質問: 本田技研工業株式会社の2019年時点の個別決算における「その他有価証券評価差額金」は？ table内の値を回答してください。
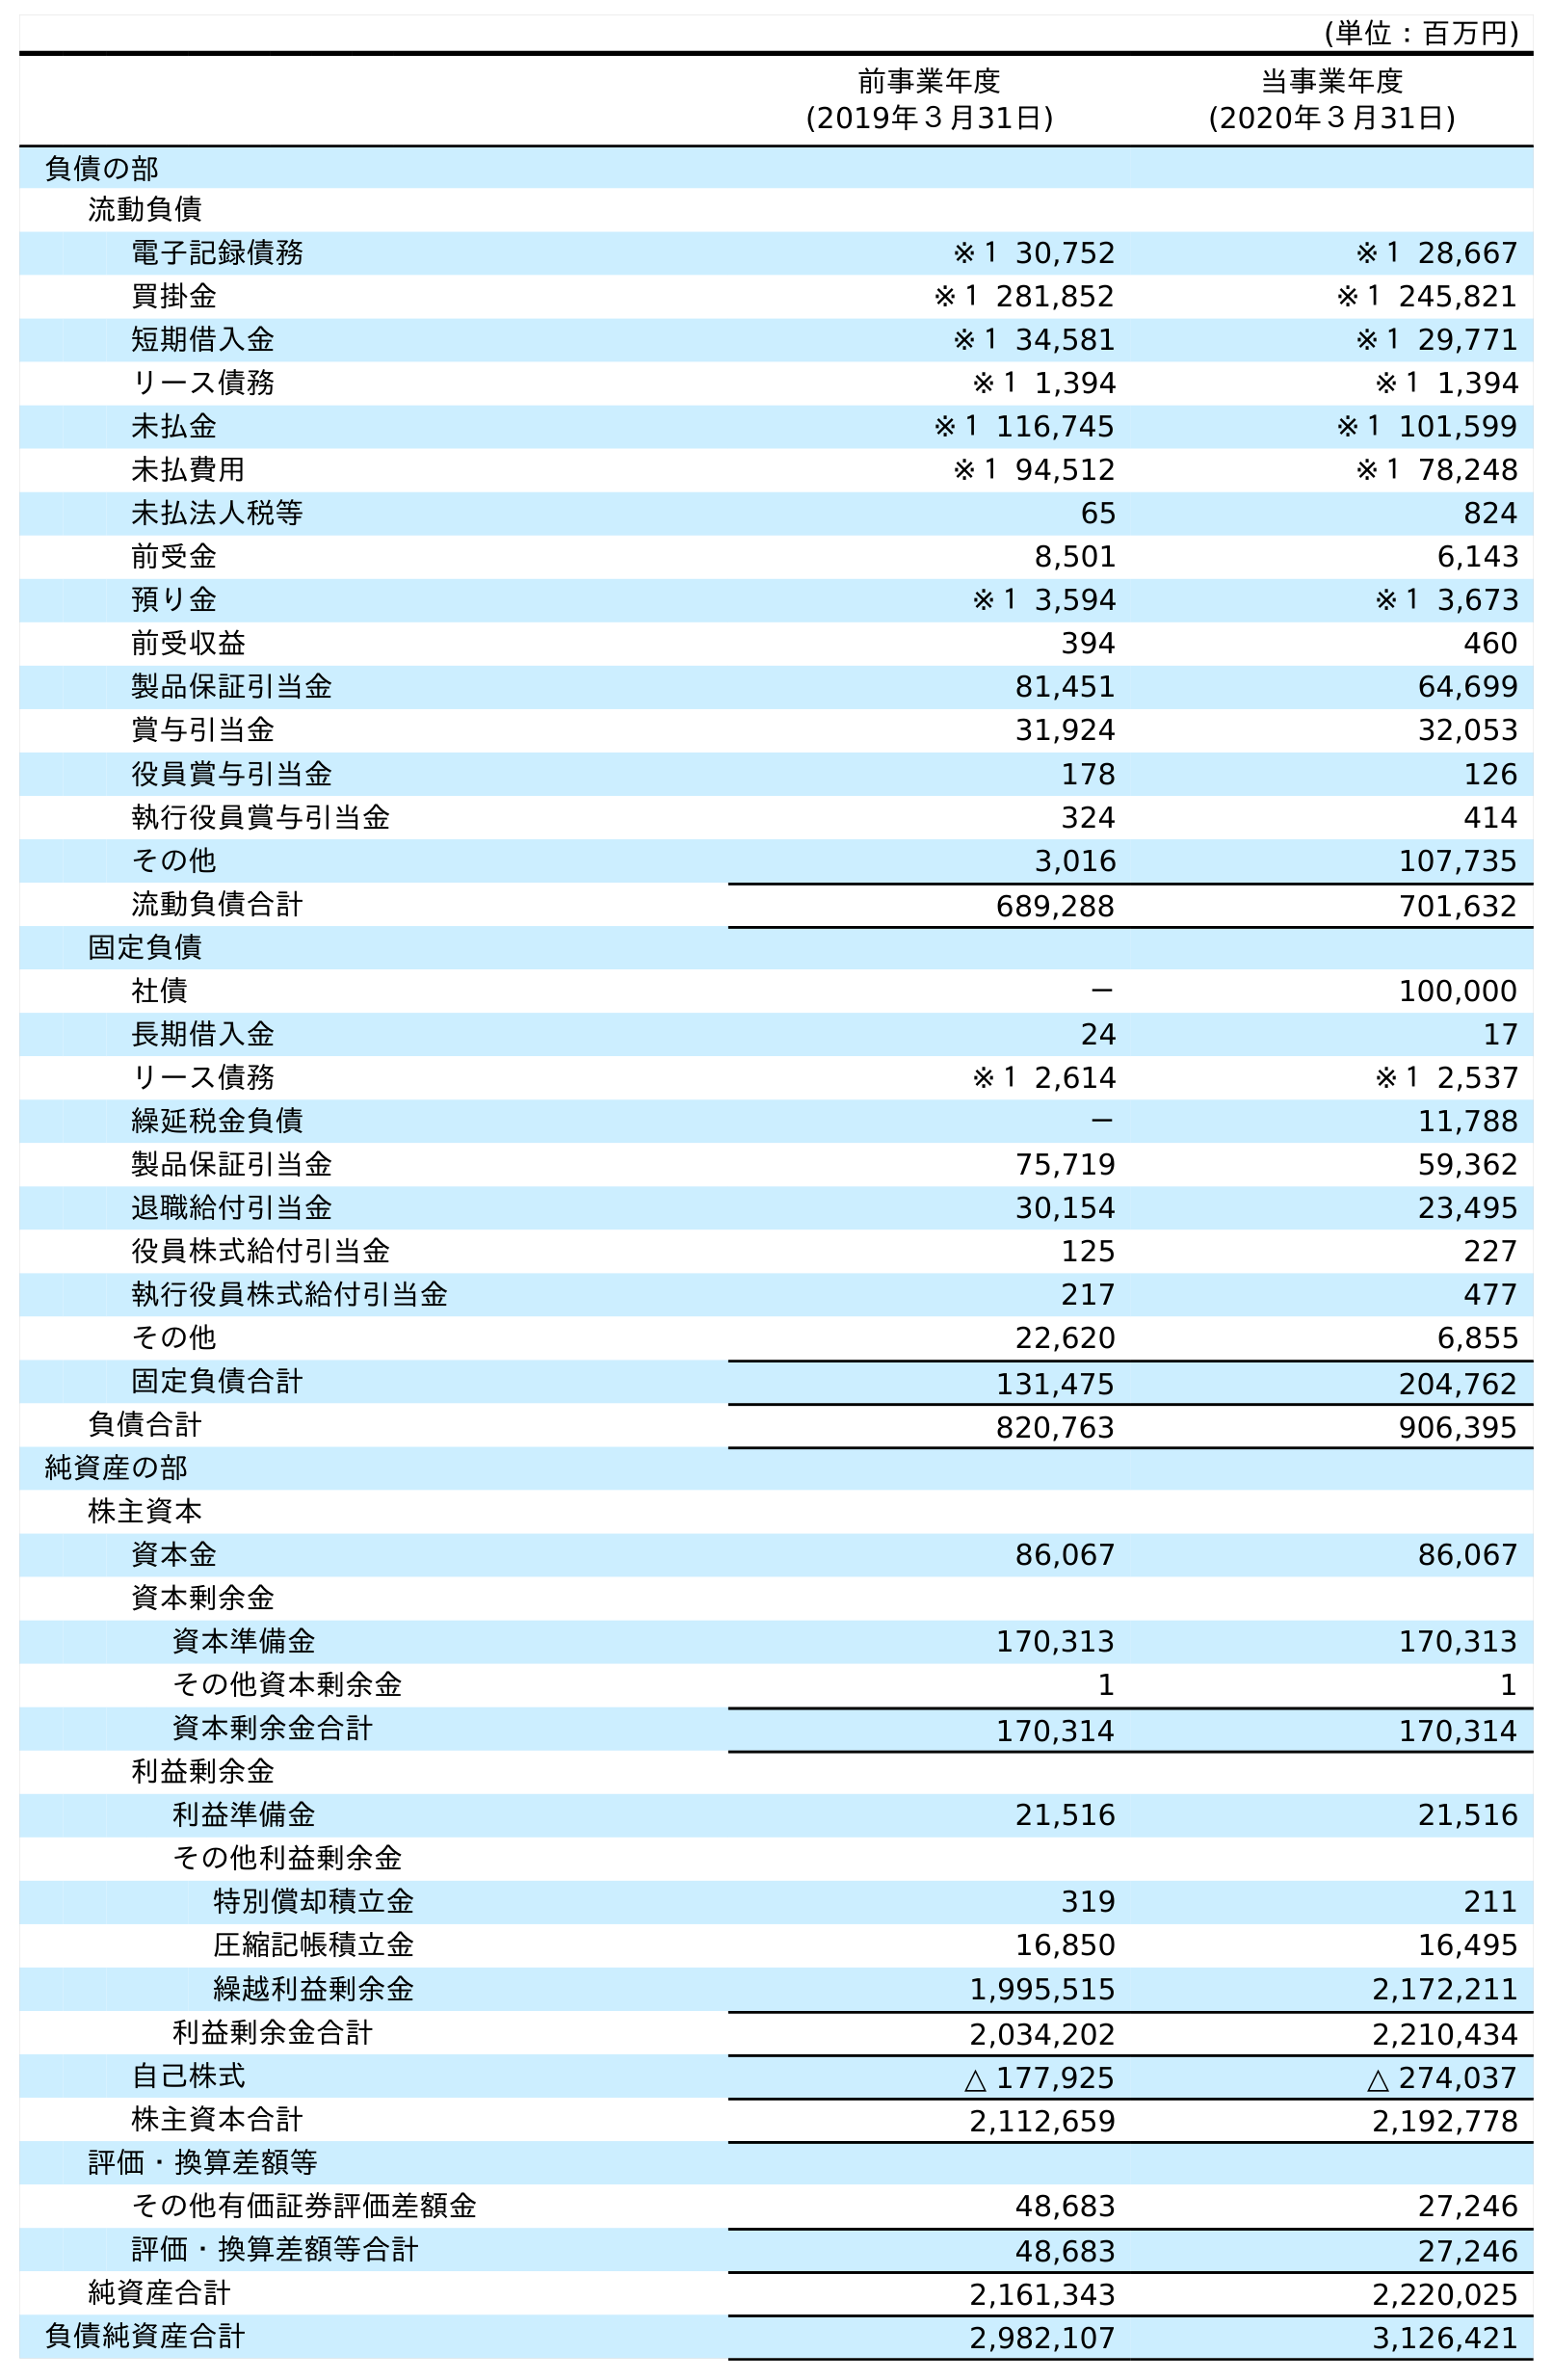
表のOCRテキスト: (単位：百万円) 前事業年度 (2019年３月31日) 当事業年度 (2020年３月31日) 負債の部 流動負債 電子記録債務 ※１ 30,752 ※１ 28,667 買掛金 ※１ 281,852 ※１ 245,821 短期借入金 ※１ 34,581 ※１ 29,771 リース債務 ※１ 1,394 ※１ 1,394 未払金 ※１ 116,745 ※１ 101,599 未払費用 ※１ 94,512 ※１ 78,248 未払法人税等 65 824 前受金 8,501 6,143 預り金 ※１ 3,594 ※１ 3,673 前受収益 394 460 製品保証引当金 81,451 64,699 賞与引当金 31,924 32,053 役員賞与引当金 178 126 執行役員賞与引当金 324 414 その他 3,016 107,735 流動負債合計 689,288 701,632 固定負債 社債 － 100,000 長期借入金 24 17 リース債務 ※１ 2,614 ※１ 2,537 繰延税金負債 － 11,788 製品保証引当金 75,719 59,362 退職給付引当金 30,154 23,495 役員株式給付引当金 125 227 執行役員株式給付引当金 217 477 その他 22,620 6,855 固定負債合計 131,475 204,762 負債合計 820,763 906,395 純資産の部 株主資本 資本金 86,067 86,067 資本剰余金 資本準備金 170,313 170,313 その他資本剰余金 1 1 資本剰余金合計 170,314 170,314 利益剰余金 利益準備金 21,516 21,516 その他利益剰余金 特別償却積立金 319 211 圧縮記帳積立金 16,850 16,495 繰越利益剰余金 1,995,515 2,172,211 利益剰余金合計 2,034,202 2,210,434 自己株式 △ 177,925 △ 274,037 株主資本合計 2,112,659 2,192,778 評価・換算差額等 その他有価証券評価差額金 48,683 27,246 評価・換算差額等合計 48,683 27,246 純資産合計 2,161,343 2,220,025 負債純資産合計 2,982,107 3,126,421
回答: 48,683